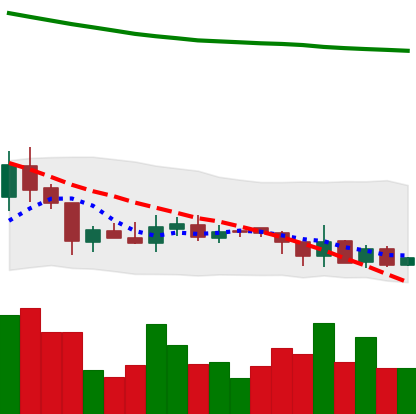
Ticker: XRP-USD
Chart end date: 2018-08-05
Forward return: -26.108%
Label: down_7plus